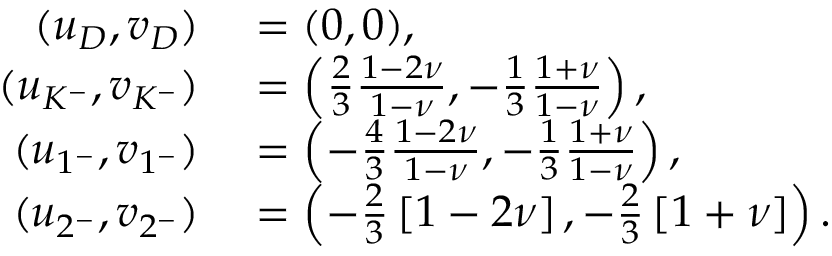
\begin{array} { r l } { ( u _ { D } , v _ { D } ) } & { { } = ( 0 , 0 ) , } \\ { ( u _ { K ^ { - } } , v _ { K ^ { - } } ) } & { { } = \left( \frac { 2 } { 3 } \frac { 1 - 2 \nu } { 1 - \nu } , - \frac { 1 } { 3 } \frac { 1 + \nu } { 1 - \nu } \right) , } \\ { ( u _ { 1 ^ { - } } , v _ { 1 ^ { - } } ) } & { { } = \left( - \frac { 4 } { 3 } \frac { 1 - 2 \nu } { 1 - \nu } , - \frac { 1 } { 3 } \frac { 1 + \nu } { 1 - \nu } \right) , } \\ { ( u _ { 2 ^ { - } } , v _ { 2 ^ { - } } ) } & { { } = \left( - \frac { 2 } { 3 } \left[ 1 - 2 \nu \right] , - \frac { 2 } { 3 } \left[ 1 + \nu \right] \right) . } \end{array}